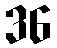
36